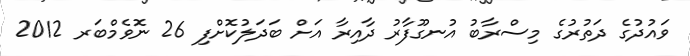
ވައުދުގެ ދަތުރުގެ މިސްރާބު އުނގޫފާރު ދާއިރާ އަށް ބަދަލުކޮށްފި 26 ނޮވެމްބަރ 2012